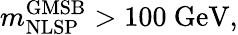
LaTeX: m_{\mathrm{NLSP}}^{\mathrm{GMSB}}>100~\mathrm{GeV},